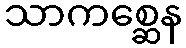
သာကစ္ဆေန